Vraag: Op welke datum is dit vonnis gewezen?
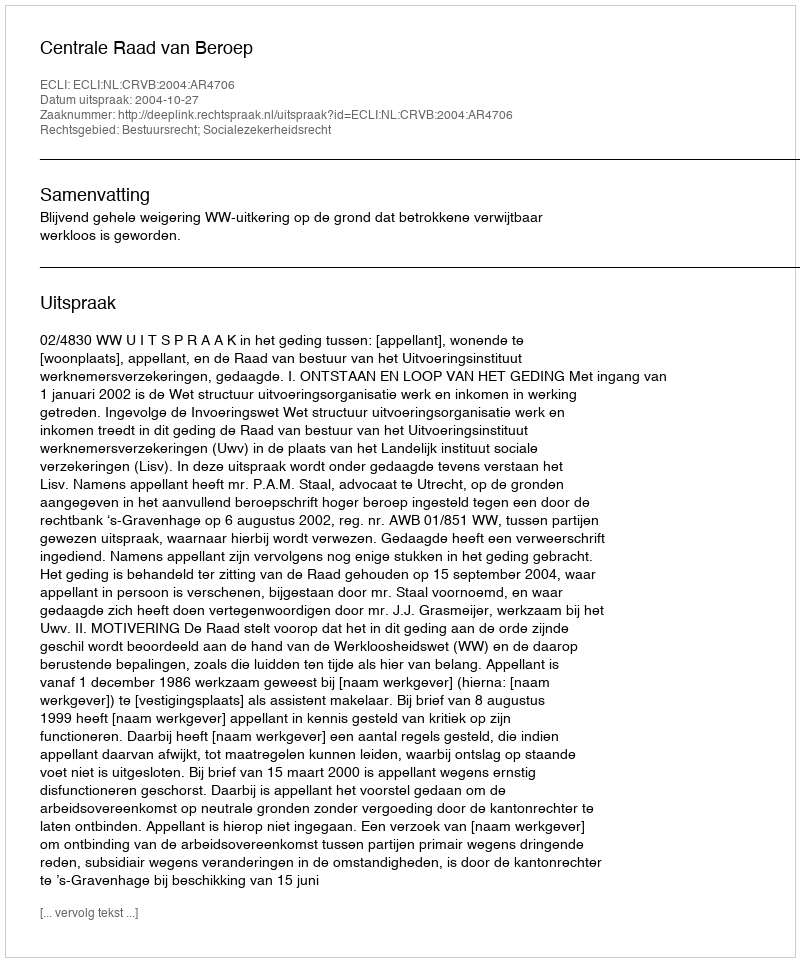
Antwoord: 2004-10-27